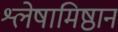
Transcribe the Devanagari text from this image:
श्लेषामिष्ठान